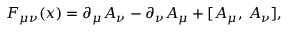
F _ { \mu \nu } ( x ) = \partial _ { \mu } A _ { \nu } - \partial _ { \nu } A _ { \mu } + [ A _ { \mu } , \, A _ { \nu } ] ,